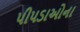
પીપડાઓના